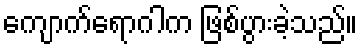
ကျောက်ရောဂါက ဖြစ်ပွားခဲ့သည်။